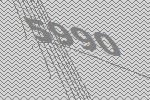
5990